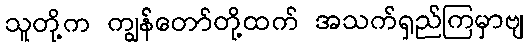
သူတို့က ကျွန်တော်တို့ထက် အသက်ရှည်ကြမှာဗျ